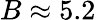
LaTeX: B\approx 5.2